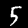
Label: 5